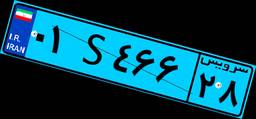
۰۱S۴۶۶۲۸